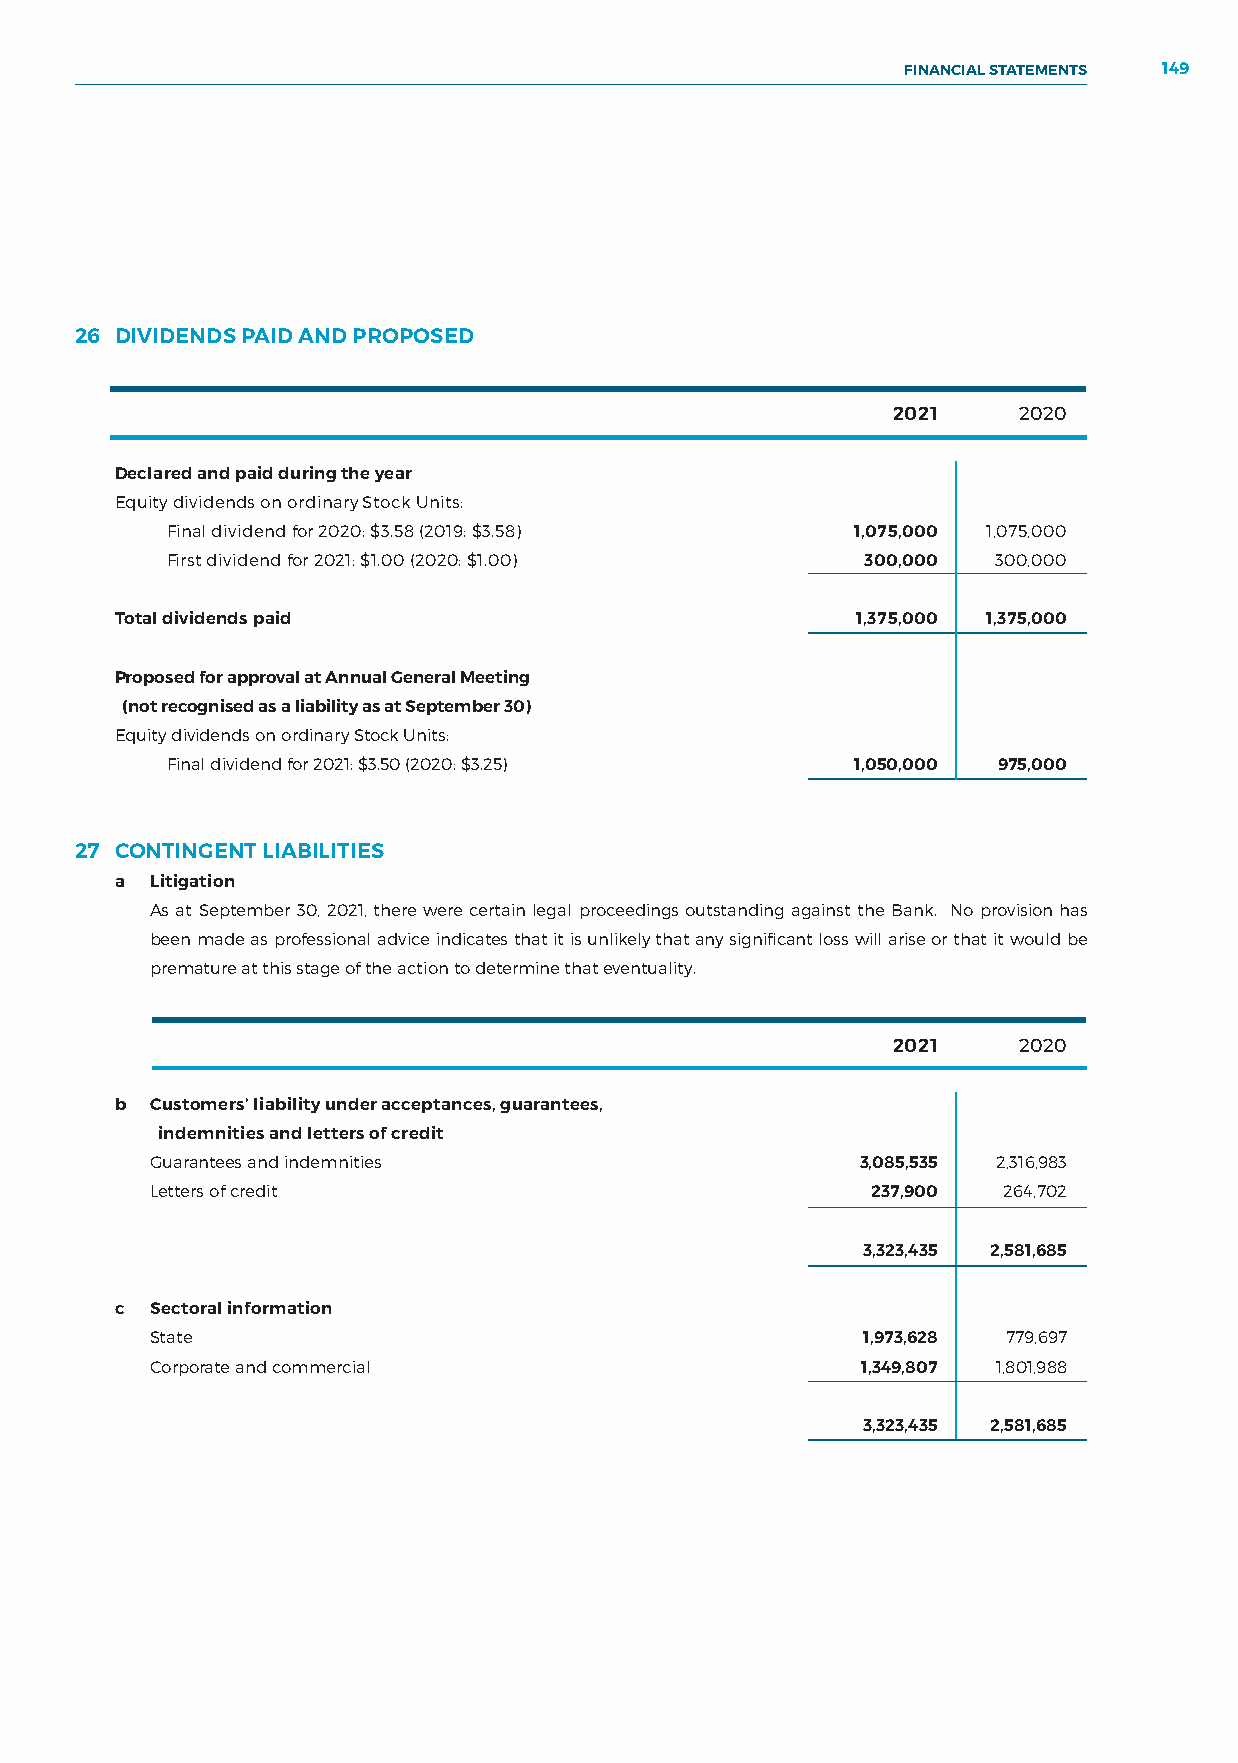
FINANCIAL STATEMENTS 149
 NOTES TO THE FINANCIAL STATEMENTS
 26 DIVIDENDS PAID AND PROPOSED
 2021    2020
 Declared and paid during the year
 Equity dividends on ordinary Stock Units:
 Final dividend for 2020: $3.58 (2019: $3.58)  1,075,000 1,075,000
 First dividend for 2021: $1.00 (2020: $1.00)  300,000  300,000
 Total dividends paid                             1,375,000 1,375,000
 Proposed for approval at Annual General Meeting
 (not recognised as a liability as at September 30)
 Equity dividends on ordinary Stock Units:
 Final dividend for 2021: $3.50 (2020: $3.25)  1,050,000 975,000
 27 CONTINGENT LIABILITIES
 a Litigation
 As at September 30, 2021, there were certain legal proceedings outstanding against the Bank. No provision has
 been made as professional advice indicates that it is unlikely that any significant loss will arise or that it would be
 premature at this stage of the action to determine that eventuality.
 2021    2020
 b Customers’ liability under acceptances, guarantees,
 indemnities and letters of credit
 Guarantees and indemnities                     3,085,535 2,316,983
 Letters of credit                               237,900 264,702
 3,323,435 2,581,685
 c Sectoral information
 State                                          1,973,628 779,697
 Corporate and commercial                       1,349,807 1,801,988
 3,323,435 2,581,685